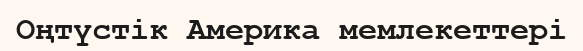
Оңтүстік Америка мемлекеттері